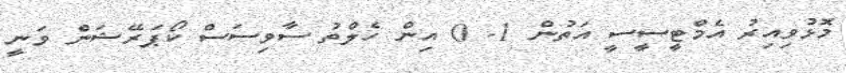
މޮޅުވިއިރު އެމްޓީސީސީ އަތުން 1- 0 އިން ހެލްތު ސާވިސަސް ކޯޕަރޭޝަން ވަނީ